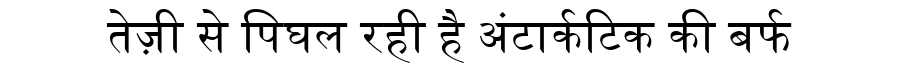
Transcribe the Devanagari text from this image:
तेज़ी से पिघल रही है अंटार्कटिक की बर्फ